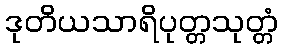
ဒုတိယသာရိပုတ္တသုတ္တံ